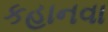
કહાનવા